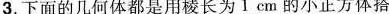
3.下面的几何体都是用棱长为1cm的小正方体搭